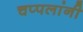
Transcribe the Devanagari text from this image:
चप्पलांनी